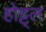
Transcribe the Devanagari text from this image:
होट्ट्ल